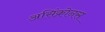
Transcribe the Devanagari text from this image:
असिंक्रोनस